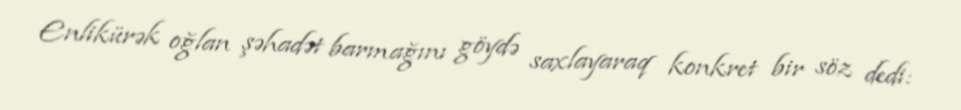
Enlikürək oğlan şəhadət barmağını göydə saxlayaraq konkret bir söz dedi: